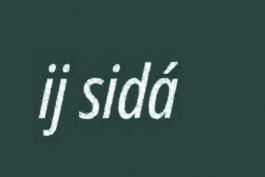
ij sidá